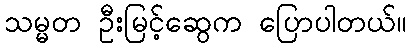
သမ္မတ ဦးမြင့်ဆွေက ပြောပါတယ်။